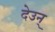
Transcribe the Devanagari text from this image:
देउन्